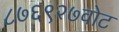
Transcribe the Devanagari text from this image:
८७६९२७वोट